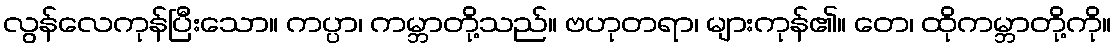
လွန်လေကုန်ပြီးသော။ ကပ္ပာ၊ ကမ္ဘာတို့သည်။ ဗဟုတရာ၊ များကုန်၏။ တေ၊ ထိုကမ္ဘာတို့ကို။